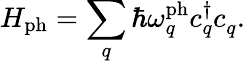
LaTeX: H_{\mathrm{ph}}=\sum_{q}\hbar\omega_{q}^{\mathrm{ph}}{c_{q}^{\dagger}}c_{q}^{\phantom{\dagger}}.